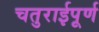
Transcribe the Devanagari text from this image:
चतुराईपूर्ण